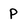
Character: P